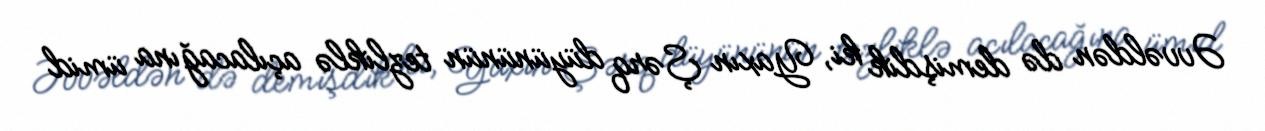
Əvvəldən də demişdik ki, Yaxın Şərq düyününün tezliklə açılacağına ümid